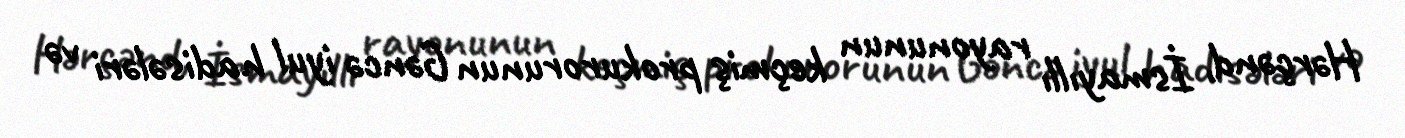
Hərçənd, İsmayıllı rayonunun keçmiş prokurorunun Gəncə iyul hadisələri və